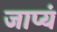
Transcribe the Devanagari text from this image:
जाप्यं